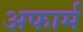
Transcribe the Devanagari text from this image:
अफार्म